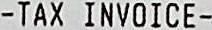
-TAX INVOICE-